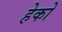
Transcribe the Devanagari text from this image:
हेको